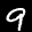
Label: 9